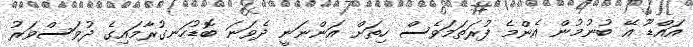
އައްޑޫ އޭ ބުނުމުން އެންމެ ފުރަތަމަވެސް ހިތަށް އަންނަނީ ދެވަނަ ބޮޑުހަނގުރާމައިގެ ދުވަސްވަރު